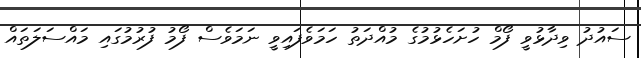
ސައުދު ވިދާޅުވީ ފޯމް ހުށަހެޅުމުގެ މުއްދަތު ހަމަވެފައިވީ ނަމަވެސް ފޯމު ފުރުމުގައި މައްސަލަތައް